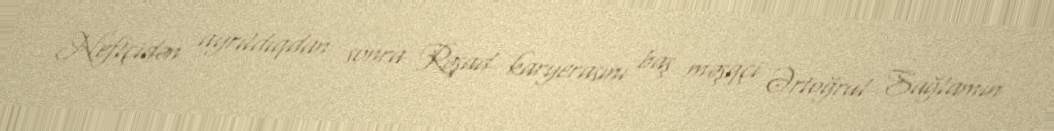
Neftçidən ayrıldıqdan sonra Rəşad karyerasını baş məşqçi Ərtoğrul Sağlamın